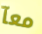
معآ